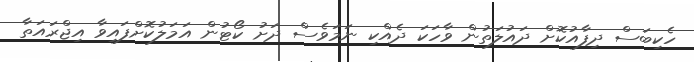
ހެކިބަސް ދިފާއުކޮށް ދައުލަތުން ވާހަކަ ދެއްކި ނަމަވެސް ދަށު ކޯޓުން އަމަލުކޮށްފައިވާ އިޖްރައަތާ